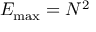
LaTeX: E _ { \operatorname* { m a x } } = N ^ { 2 }